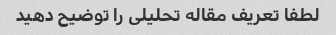
لطفا تعریف مقاله تحلیلی را توضیح دهید